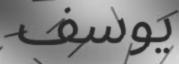
يوسف